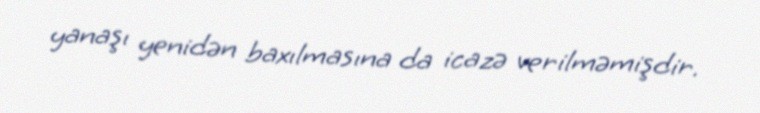
yanaşı yenidən baxılmasına da icazə verilməmişdir.